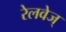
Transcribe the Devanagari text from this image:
रेलवेज्